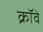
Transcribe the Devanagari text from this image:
क्रॉवे